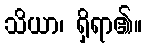
သိယာ၊ ရှိရာ၏။